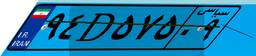
۹۴D۵۷۵۰۹